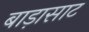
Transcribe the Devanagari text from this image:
बाड़ासाट